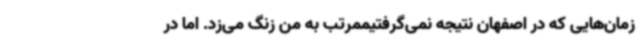
زمان‌هایی که در اصفهان نتیجه نمی‌گرفتیممرتب به من زنگ می‌زد. اما در